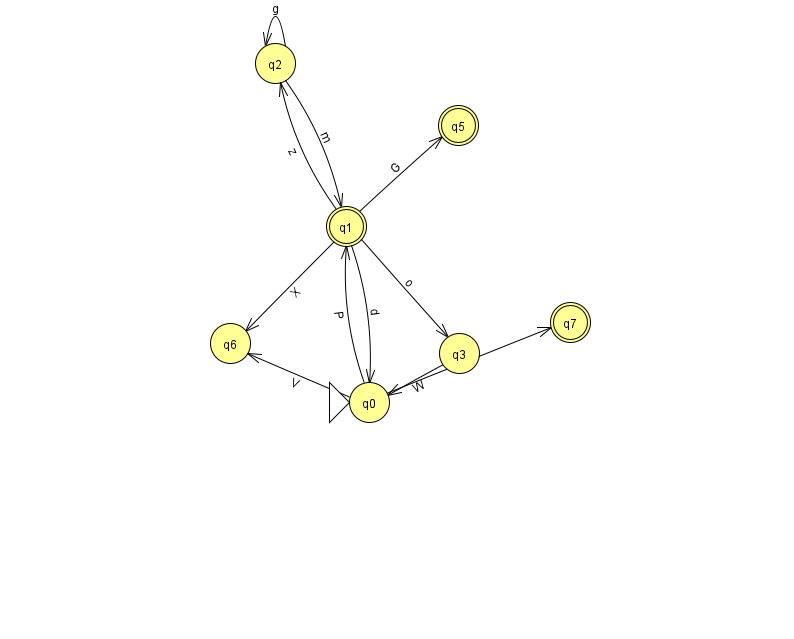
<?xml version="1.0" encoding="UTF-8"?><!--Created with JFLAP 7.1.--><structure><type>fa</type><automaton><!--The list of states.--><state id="0" name="q0"><x>369.0</x><y>389.0</y><initial/></state><state id="1" name="q1"><x>346.0</x><y>213.0</y><final/></state><state id="2" name="q2"><x>275.0</x><y>50.0</y></state><state id="3" name="q3"><x>459.0</x><y>340.0</y></state><state id="5" name="q5"><x>458.0</x><y>112.0</y><final/></state><state id="6" name="q6"><x>230.0</x><y>330.0</y></state><state id="7" name="q7"><x>570.0</x><y>309.0</y><final/></state><!--The list of transitions.--><transition><from>1</from><to>0</to><read>d</read></transition><transition><from>1</from><to>3</to><read>o</read></transition><transition><from>1</from><to>6</to><read>X</read></transition><transition><from>1</from><to>5</to><read>G</read></transition><transition><from>0</from><to>1</to><read>P</read></transition><transition><from>2</from><to>2</to><read>g</read></transition><transition><from>1</from><to>2</to><read>z</read></transition><transition><from>0</from><to>6</to><read>V</read></transition><transition><from>0</from><to>7</to><read>c</read></transition><transition><from>3</from><to>0</to><read>W</read></transition><transition><from>2</from><to>1</to><read>m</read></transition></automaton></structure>